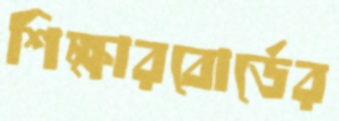
শিক্ষারবোর্ডের